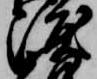
渡